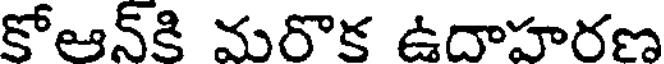
కోఆన్కి మరొక ఉదాహరణ